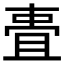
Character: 𬻧